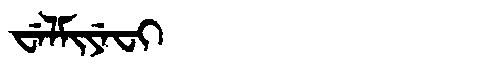
Manchu: ᠸᡝᠯᠮᡳᠶᡝᠸᡳ
Romanization: WELMIYEFI